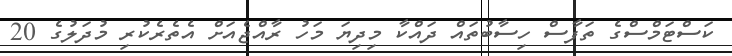
ކަސްޓަމްސްގެ ތަފާސް ހިސާބުތައް ދައްކާ މިދިޔަ މަހު ރާއްޖެއަށް އެތެރެކުރި މުދަލުގެ 20